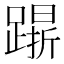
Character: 𨄸